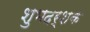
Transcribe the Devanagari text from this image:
शुभदर्शक